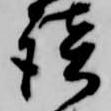
談